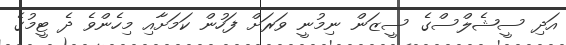
އަދި ސީޝެލްސްގެ ސީޒަން ނިމުނީ ވަރަށް ފަހުން ކަމަށާއި މިހެންވެ ދެ ޓީމުގެ